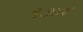
૧૭૪૪